Leningradi_Edasi_toimetus, lk 177
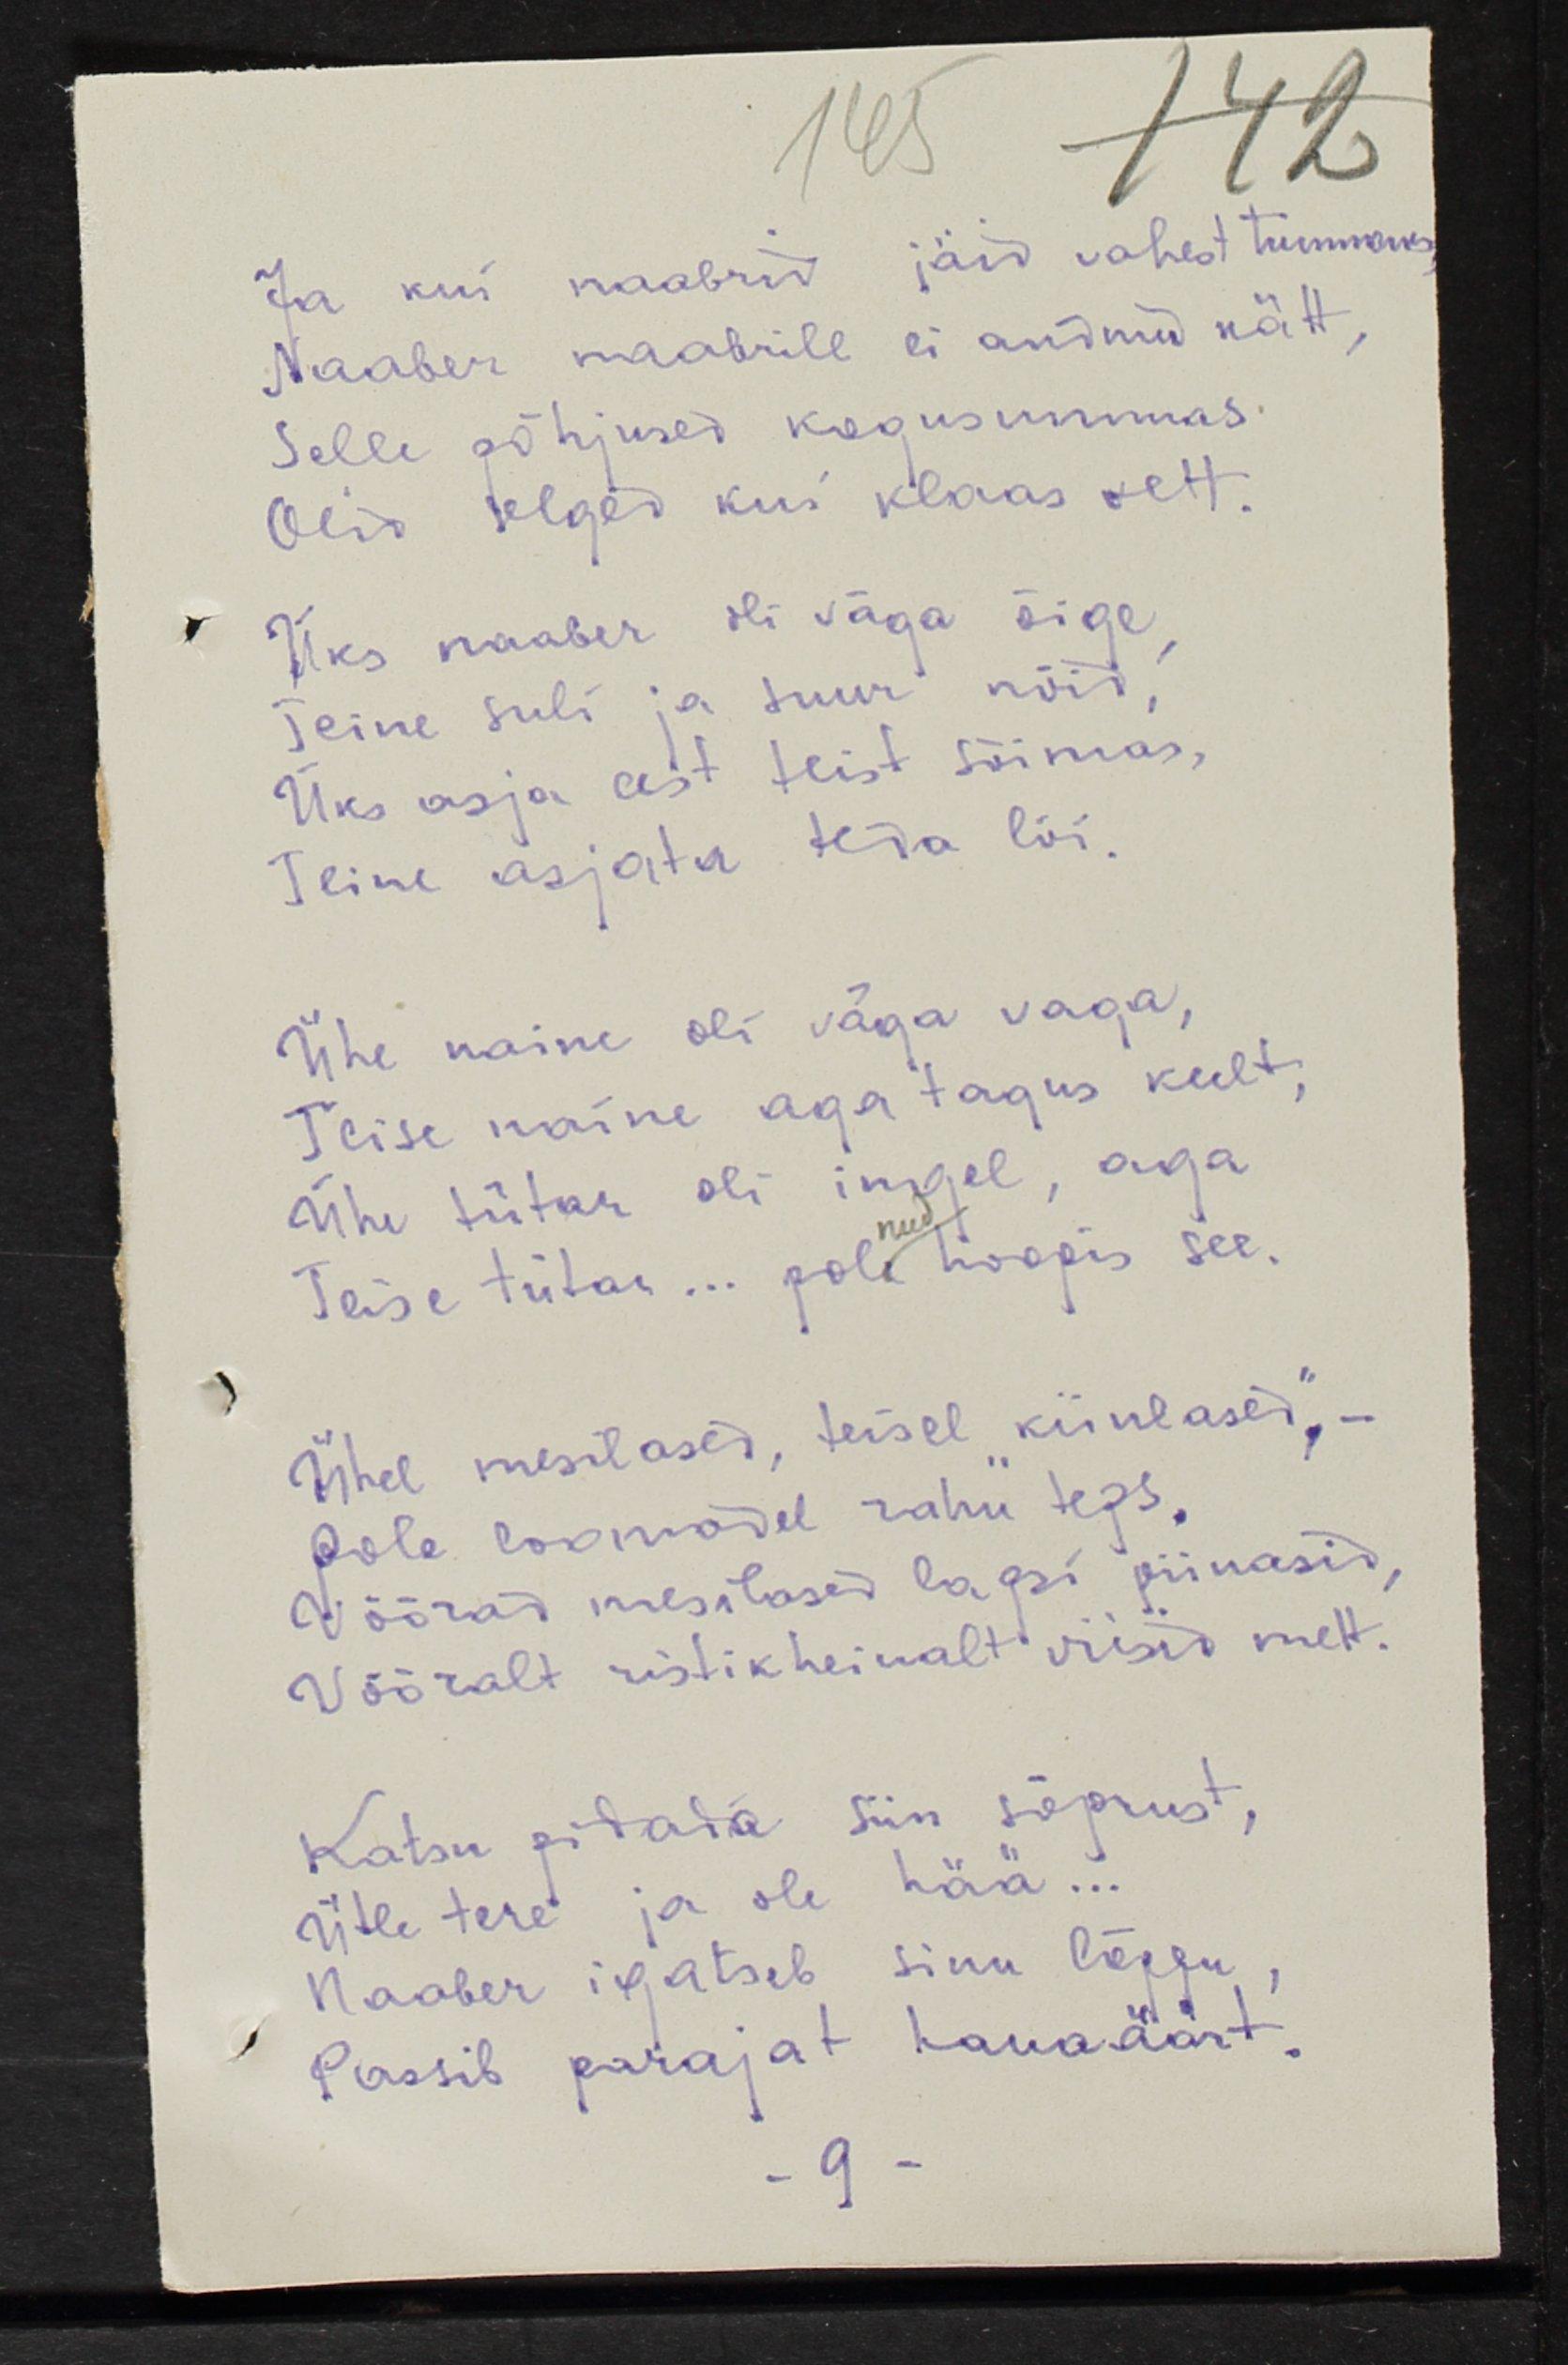
Ja kui naabrid jäid vahest tummaks,
Naaber naabrile ei andnud nätt,
Selle põhjused kogusummas
Olid selged kui klaas vett.
Üks naaber oli väga õige,
Teine suli ja suur nõid,
Üks asja eest teist sõimas,
Teine asjata teda lõi.
Ühe naine oli väga vaga,
Teise naine aga tagus keelt,
Ühe tütar oli ingel, aga
Teise tütar... pole hoopis see.
Ühel mesilased, teisel "kiinlased" -
pole loomadel rahu teps.
Võõrad mesilased lapsi piinasid,
Võõralt ristikheinalt viisid melt.
Katsu pidada siin sõprust,
Ütle tere ja ole hää...
Naaber igatseb sinu lõppu,
Passib parajat lauaäärt.